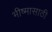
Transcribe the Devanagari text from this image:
भीष्मासाठी